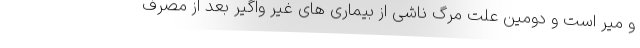
و میر است و دومین علت مرگ ناشی از بیماری های غیر واگیر بعد از مصرف